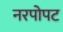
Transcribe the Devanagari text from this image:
नरपोपट